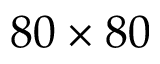
8 0 \times 8 0